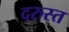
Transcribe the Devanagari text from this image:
दरुस्त